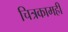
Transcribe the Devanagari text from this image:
चित्रकामही